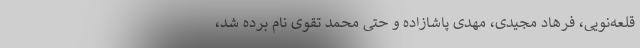
قلعه‌نویی، فرهاد مجیدی، مهدی پاشازاده و حتی محمد تقوی نام برده شد،